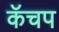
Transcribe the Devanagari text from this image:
कॅचप